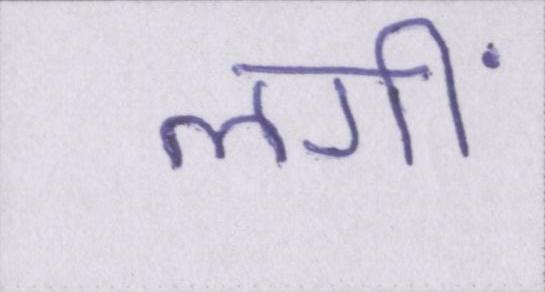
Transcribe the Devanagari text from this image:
लगीं